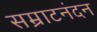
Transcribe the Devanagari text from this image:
सम्राटनंदन